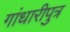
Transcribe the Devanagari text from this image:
गांधारीपुत्र